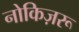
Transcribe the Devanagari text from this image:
नोकिज़रू